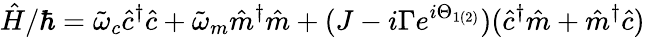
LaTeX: \hat{H}/\hbar=\tilde{\omega}_{c}\hat{c}^{\dagger}\hat{c}+\tilde{\omega}_{m}\hat{m}^{\dagger}\hat{m}+(J-i\Gamma e^{i\Theta_{1(2)}})(\hat{c}^{\dagger}\hat{m}+\hat{m}^{\dagger}\hat{c})